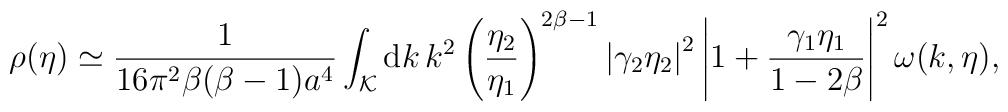
\rho (\eta ) \simeq\frac{1}{16\pi^2\beta (\beta -1)a^4}\int_{\cal K} {\rm d}k\,k^2\left(\frac{\eta_2}{\eta_1}\right)^{2\beta-1}\left|\gamma_2\eta_2\right|^2\left|1+\frac{\gamma_1\eta_1}{1-2\beta}\right|^2\omega(k,\eta),